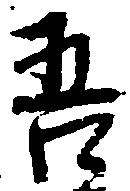
吾